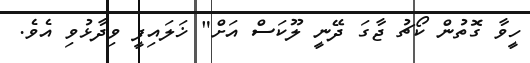
ހީވާ ގޮތުން ކޯޗު ޖާގަ ދޭނީ ލޫކަސް އަށް" ޚަލައިފީ ވިދާޅުވި އެވެ.